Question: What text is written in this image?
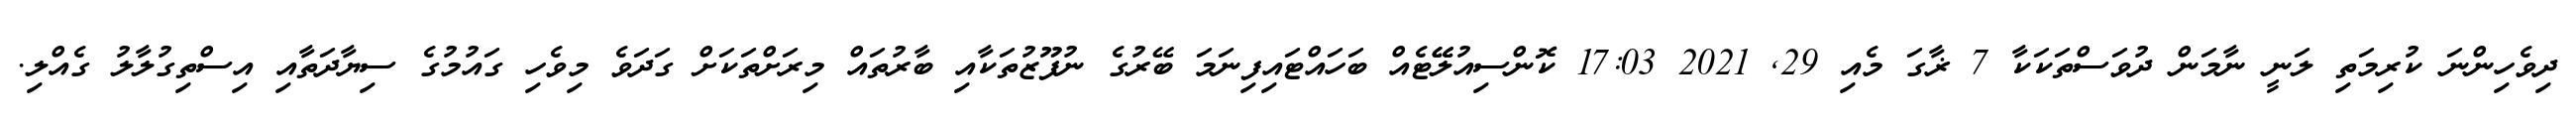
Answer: ދިވެހިންނަ ކުރިމަތި ލަނީ ނާމަން ދުވަސްތަކަކާ 7 ޜާގަ މެއި 29, 2021 17:03 ކޮންސިއުލޭޭޓެއް ބަހައްޓައިފިނަމަ ބޭރުގެ ނުފޫޒުތަކާއި ބާރުތައް މިރަށްތަކަށް ގަދަވެ މިވެހި ގައުމުގެ ސިޔާދަތާއި އިސްތިގުލާލު ގެއްލި.